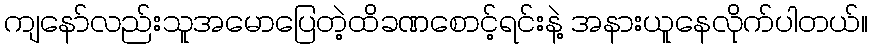
ကျနော်လည်းသူအမောပြေတဲ့ထိခဏစောင့်ရင်းနဲ့ အနားယူနေလိုက်ပါတယ်။